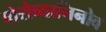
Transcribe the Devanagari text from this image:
वोरोब्यानिनोव